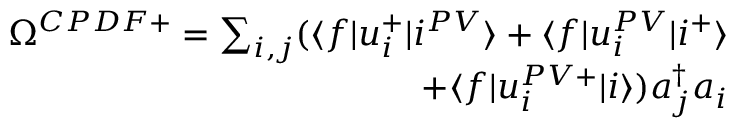
\begin{array} { r } { \Omega ^ { C P D F + } = \sum _ { i , j } ( \langle f | u _ { i } ^ { + } | i ^ { P V } \rangle + \langle f | u _ { i } ^ { P V } | i ^ { + } \rangle } \\ { + \langle f | u _ { i } ^ { P V + } | i \rangle ) a _ { j } ^ { \dagger } a _ { i } } \end{array}